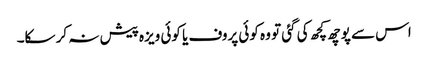
اس سے پوچھ کچھ کی گئی تو وہ کوئی پروف یا کوئی ویزہ پیش نہ کر سکا۔